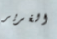
الغرير